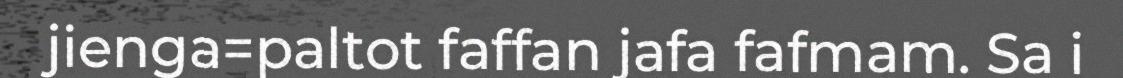
jienga=paltot faffan jafa fafmam. Sa i